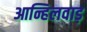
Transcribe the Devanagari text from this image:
आन्हिलवाड़